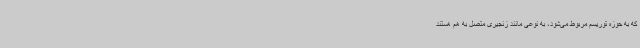
که به حوزه توریسم مربوط می‌شود، به نوعی مانند زنجیری متصل به هم هستند